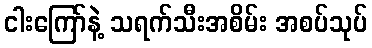
ငါးကြော်နဲ့ သရက်သီးအစိမ်း အစပ်သုပ်